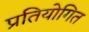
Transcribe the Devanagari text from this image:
प्रतियोगित